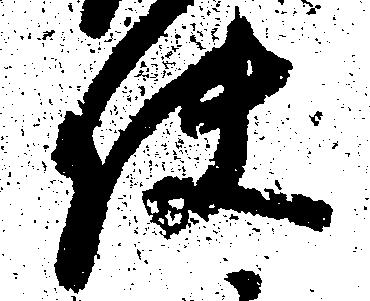
使